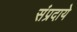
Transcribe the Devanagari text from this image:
संप्रदाये